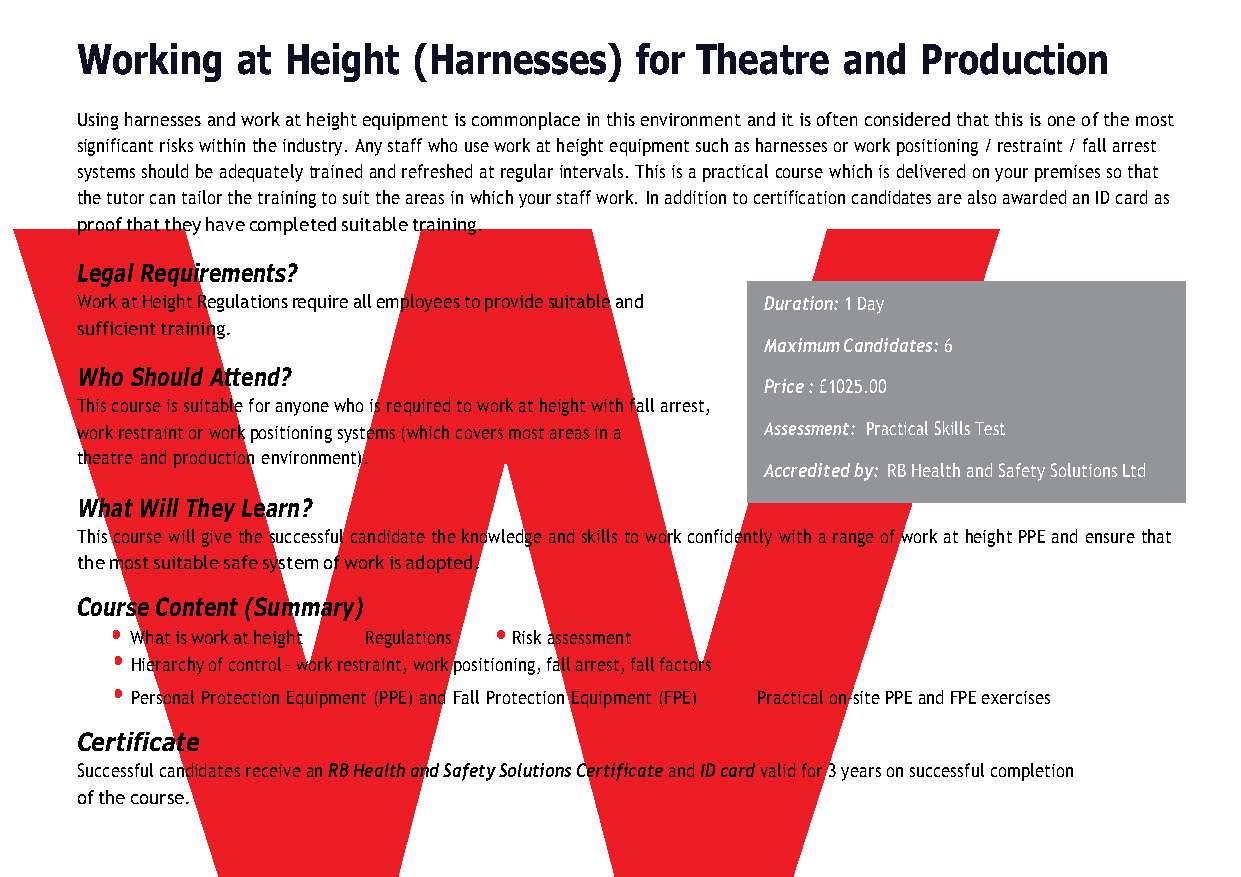
w
 Working    at Height  (Harnesses)    for Theatre   and  Production
 Using harnesses and work at height equipment is commonplace in this environment and it is often considered that this is one of the most
 significant risks within the industry. Any staff who use work at height equipment such as harnesses or work positioning / restraint / fall arrest
 systems should be adequately trained and refreshed at regular intervals. This is a practical course which is delivered on your premises so that
 the tutor can tailor the training to suit the areas in which your staff work. In addition to certification candidates are also awarded an ID card as
 proof that they have completed suitable training.
 Legal Requirements?
 Work at Height Regulations require all employees to provide suitable and Duration: 1 Day
 sufficient training.
 Maximum Candidates: 6
 Who Should Attend?
 Price : £1025.00
 This course is suitable for anyone who is required to work at height with fall arrest,
 work restraint or work positioning systems (which covers most areas in a Assessment: Practical Skills Test
 theatre and production environment).
 Accredited by: RB Health and Safety Solutions Ltd
 What Will They Learn?
 This course will give the successful candidate the knowledge and skills to work confidently with a range of work at height PPE and ensure that
 the most suitable safe system of work is adopted.
 Course Content (Summary)
 •               •         •
 What is work at height Regulations Risk assessment
 •
 Hierarchy of control - work restraint, work positioning, fall arrest, fall factors
 •                                         •
 Personal Protection Equipment (PPE) and Fall Protection Equipment (FPE) Practical on-site PPE and FPE exercises
 Certificate
 Successful candidates receive an RB Health and Safety Solutions Certificate and ID card valid for 3 years on successful completion
 of the course.